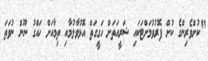
"ކުށްވެރިންގެ ކުށް ފޮރުވުމަށްޓަކައި ޝަރީއަތަށް ހަގީގަތް އޮޅުވާލުމާއި ތިމާއަށް ހައްގު ނޫން ނުވަތަ